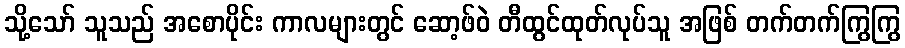
သို့သော် သူသည် အစောပိုင်း ကာလများတွင် ဆော့ဖ်ဝဲ တီထွင်ထုတ်လုပ်သူ အဖြစ် တက်တက်ကြွကြွ